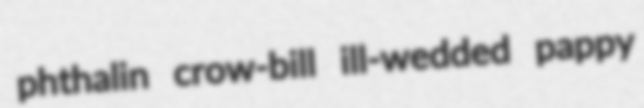
phthalin crow-bill ill-wedded pappy